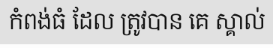
កំពង់ធំ ដែល ត្រូវបាន គេ ស្គាល់